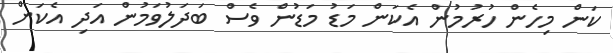
ކަން މިހެން ހުރުމުން އެކަން މަޑު މަޑުން ވެސް ބަދަލުވަމުން އަދި އެކަން